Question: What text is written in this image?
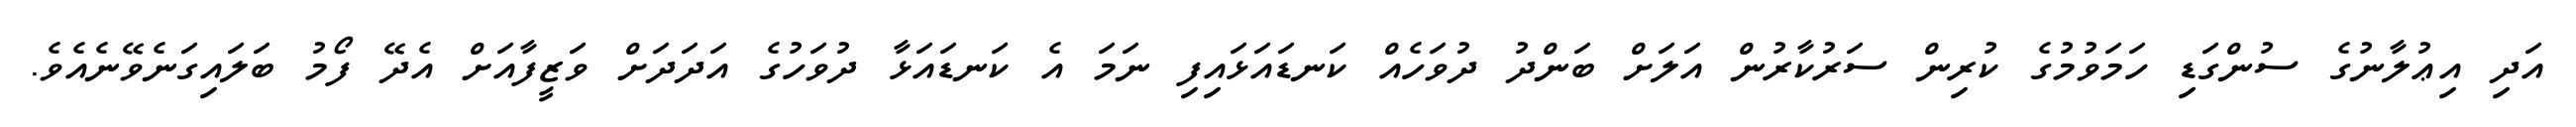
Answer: އަދި އިޢުލާނުގެ ސުންގަޑި ހަމަވުމުގެ ކުރިން ސަރުކާރުން އަލަށް ބަންދު ދުވަހެއް ކަނޑައަޅައިފި ނަމަ އެ ކަނޑައަޅާ ދުވަހުގެ އަދަދަށް ވަޒީފާއަށް އެދޭ ފޯމު ބަލައިގަނެވޭނެއެވެ.